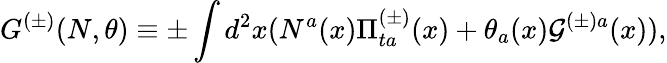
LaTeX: G^{(\pm)}(N,\theta)\equiv\pm\int d^{2}x(N^{a}(x)\Pi_{ta}^{(\pm)}(x)+\theta_{a}(x){\cal G}^{(\pm)a}(x)),